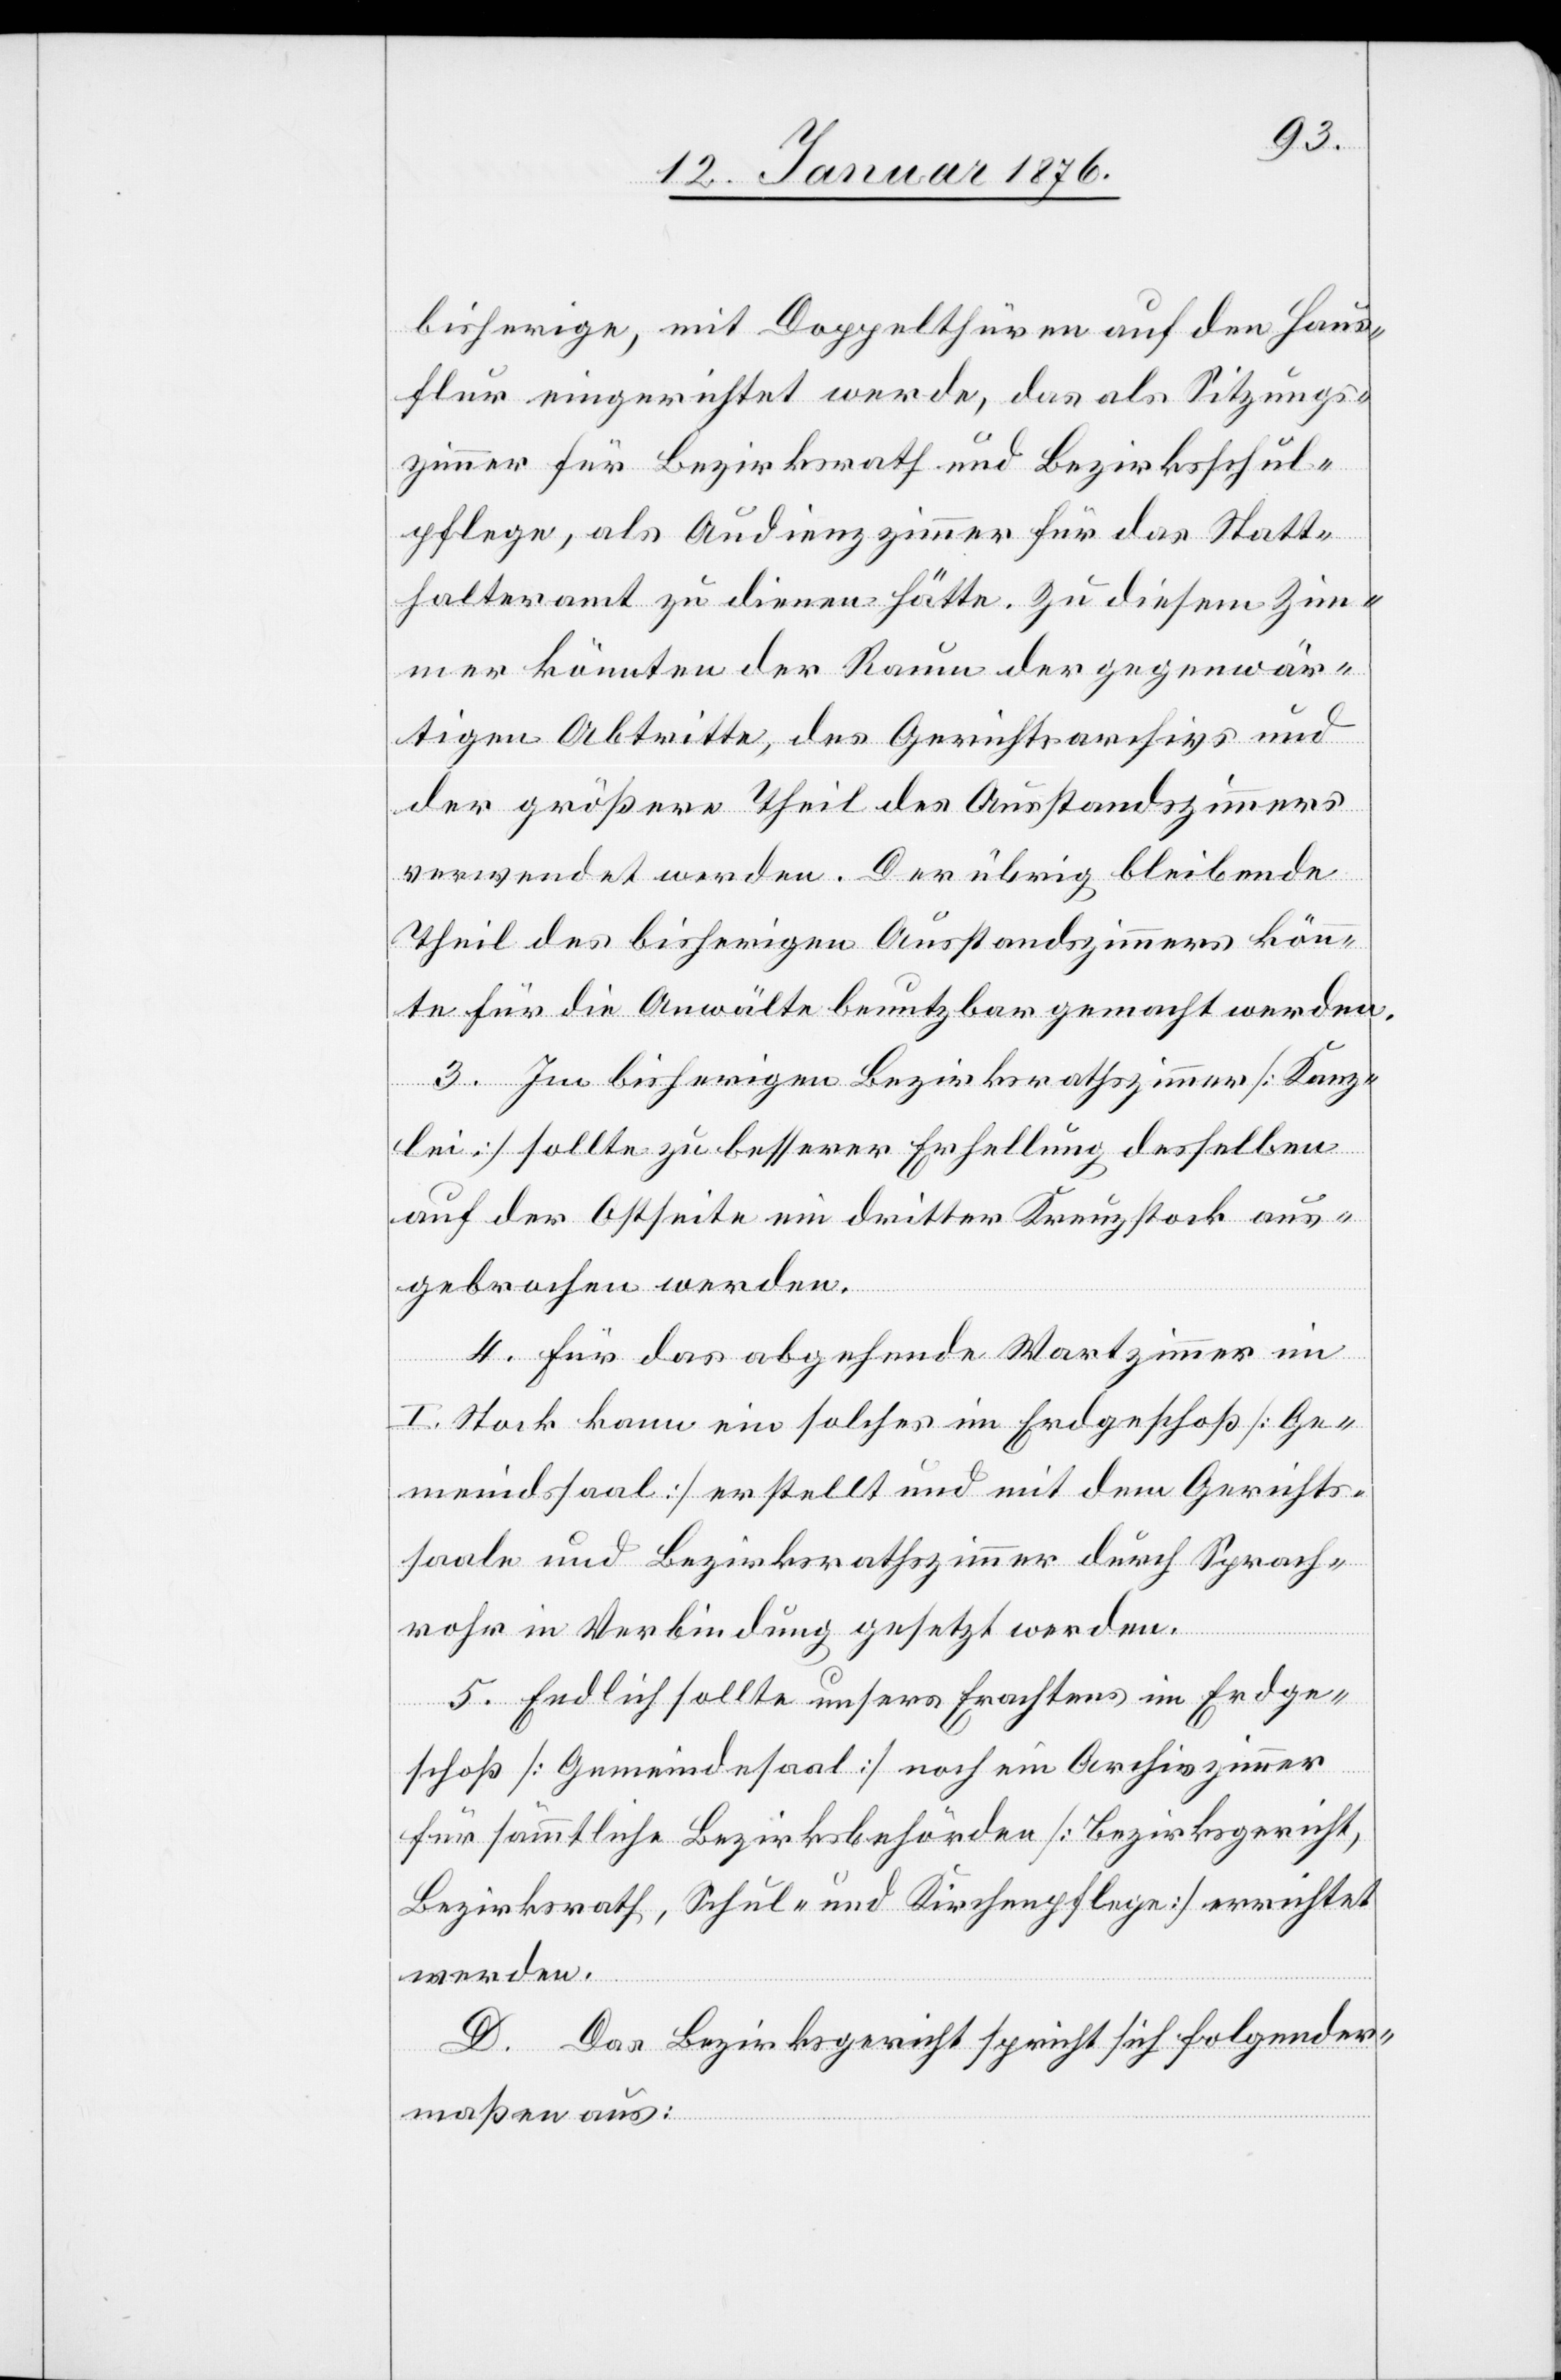
bisherige, mit Doppelthüren auf den Haus¬
flur eingerichtet werde, das als Sitzungs¬
zimmer für Bezirksrath und Bezirksschul¬
pflege, als Audienzzimmer für das Statt¬
halteramt zu dienen hätte. Zu diesem Zim¬
mer könnten der Raum der gegenwär¬
tigen Abtritte, des Gerichtsarchivs und
der größere Theil des Ausstandszimmers
verwendet werden. Der übrig bleibende
Theil des bisherigen Ausstandszimmers könn¬
te für die Anwälte benutzbar gemacht werden.
3. Im bisherigen Bezirksrathszimmer [Kanz¬
lei] sollte zu besserer Erhellung desselben
auf der Ostseite ein dritter Kreuzstock aus¬
gebrochen werden.
4. Für das abgehende Wartzimmer im
I. Stock kann ein solches im Erdgeschoß [Ge¬
meindssaal] erstellt und mit dem Gerichts¬
saale und Bezirksrathszimmer durch Sprach¬
rohr in Verbindung gesetzt werden.
5. Endlich sollte unsers Erachtens im Erdge¬
schoß [Gemeindesaal] noch ein Archivzimmer
für sämmtliche Bezirksbehörden [Bezirksgericht,
Bezirksrath, Schul- und Kirchenpflege] errichtet
werden.
D. Das Bezirksgericht spricht sich folgender¬
maßen aus: